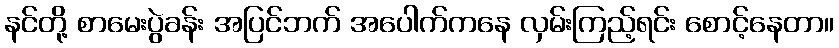
နင်တို့ စာမေးပွဲခန်း အပြင်ဘက် အပေါက်ကနေ လှမ်းကြည့်ရင်း စောင့်နေတာ။